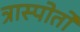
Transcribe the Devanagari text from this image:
त्रास्पोर्तो